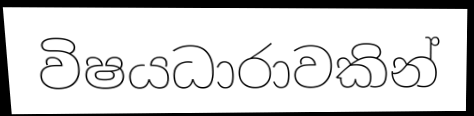
විෂයධාරාවකින්